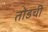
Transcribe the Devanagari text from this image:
तोंडची